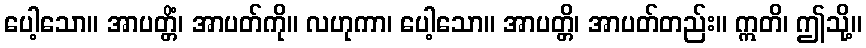
ပေါ့သော။ အာပတ္တိံ၊ အာပတ်ကို။ လဟုကာ၊ ပေါ့သော။ အာပတ္တိ၊ အာပတ်တည်း။ ဣတိ၊ ဤသို့။